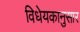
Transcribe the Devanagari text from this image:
विधेयकानुसार